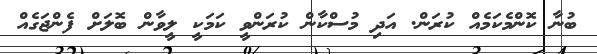
ބުނާ ކޮންމެކަމެއް ކުރަން. އަދި މުސްކާން ކުރަންވީ ކަމަކީ ލީވާން ބޮލަށް ފެންޖަގެއް